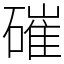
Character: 磪